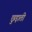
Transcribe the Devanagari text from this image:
छुड़ाती